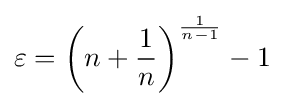
\varepsilon =\left(n+{\frac {1}{n}}\right)^{\frac {1}{n-1}}-1